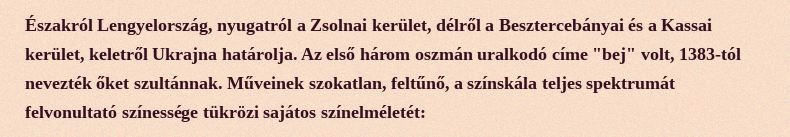
Északról Lengyelország, nyugatról a Zsolnai kerület, délről a Besztercebányai és a Kassai kerület, keletről Ukrajna határolja. Az első három oszmán uralkodó címe "bej" volt, 1383-tól nevezték őket szultánnak. Műveinek szokatlan, feltűnő, a színskála teljes spektrumát felvonultató színessége tükrözi sajátos színelméletét: